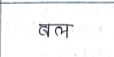
मजकूर: बल